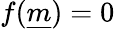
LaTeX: f({\underline{{m}}})=0